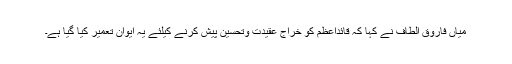
میاں فاروق الطاف نے کہا کہ قائداعظمؒ کو خراج عقیدت وتحسین پیش کرنے کیلئے یہ ایوان تعمیر کیا گیا ہے۔